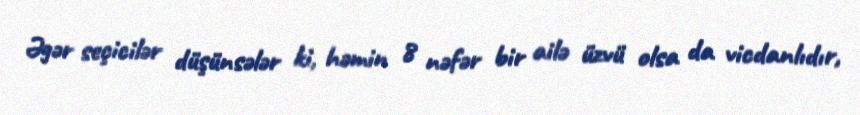
Əgər seçicilər düşünsələr ki, həmin 8 nəfər bir ailə üzvü olsa da vicdanlıdır,